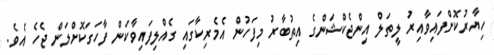
ހިޔާރުކޮށްފައިވާއިރު ލީތަލް އިންޖެކްޝަންގެ އިތުބާރު މިފަހުން އެމެރިކާގައި ގެއްލިފައިވާކަން ފާހަގަކޮށްލަން ޖެހެ އެވެ.